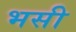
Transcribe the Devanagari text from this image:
भसी